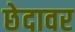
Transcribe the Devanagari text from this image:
छेदावर